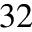
^ { 3 2 }